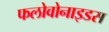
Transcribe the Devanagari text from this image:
फलोवोनाइडस